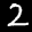
Label: 2